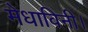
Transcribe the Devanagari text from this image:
मेधाविनी।